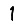
Digit: 1